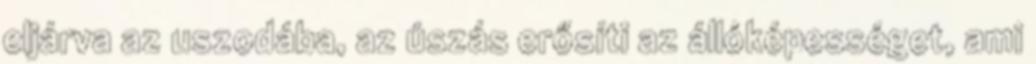
eljárva az uszodába, az úszás erősíti az állóképességet, ami